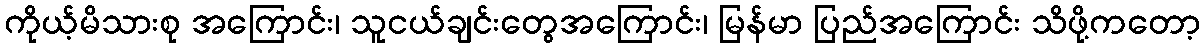
ကိုယ့်မိသားစု အကြောင်း၊ သူငယ်ချင်းတွေအကြောင်း၊ မြန်မာ ပြည်အကြောင်း သိဖို့ကတော့